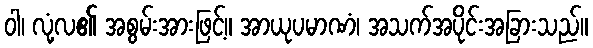
ဝါ၊ လုံ့လ၏ အစွမ်းအားဖြင့်။ အာယုပမာဏံ၊ အသက်အပိုင်းအခြားသည်။